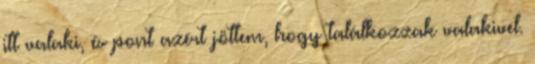
itt valaki, és pont azért jöttem, hogy találkozzak valakivel.